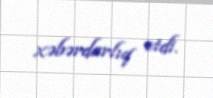
xəbərdarlıq etdi.